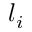
l _ { i }